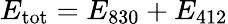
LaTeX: E_{\mathrm{tot}}=E_{830}+E_{412}